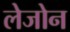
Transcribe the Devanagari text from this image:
लेजोन